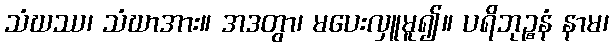
သံဃဿ၊ သံဃာအား။ အဒတွာ၊ မပေးလှူမူ၍။ ပရိဘုဉ္စနံ နာမ၊